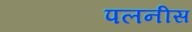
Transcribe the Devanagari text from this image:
पलनीस